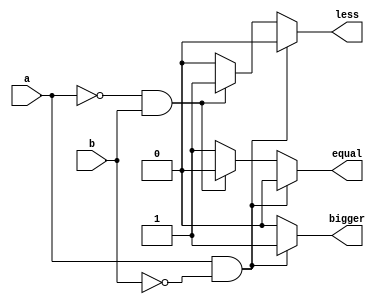
module compare_1bit(a,b,bigger,equal,less);
  input a,b;
  output bigger,equal,less;
  reg bigger,equal,less;
  always @(a or b) begin
    bigger = 1'b0;
    equal = 1'b0;
    less = 1'b0;
    if(a == 1'b1 && b == 1'b0) bigger = 1'b1;
    else if(a == 1'b0 && b == 1'b1) less = 1'b1;
    else equal = 1'b1;
  end
endmodule